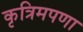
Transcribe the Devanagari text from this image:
कृत्रिमपणा